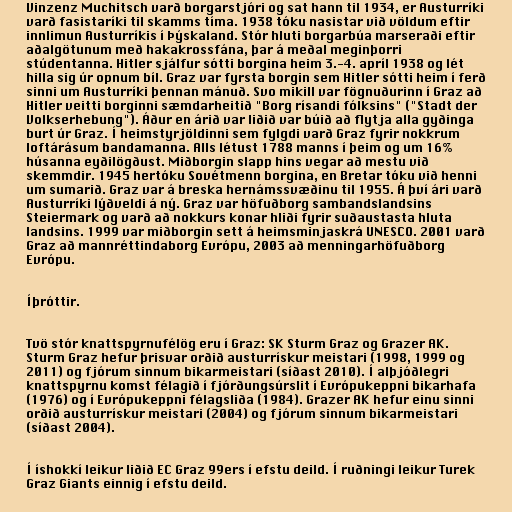
Vinzenz Muchitsch varð borgarstjóri og sat hann til 1934, er Austurríki
varð fasistaríki til skamms tíma. 1938 tóku nasistar við völdum eftir
innlimun Austurríkis í Þýskaland. Stór hluti borgarbúa marseraði eftir
aðalgötunum með hakakrossfána, þar á meðal meginþorri
stúdentanna. Hitler sjálfur sótti borgina heim 3.-4. apríl 1938 og lét
hilla sig úr opnum bíl. Graz var fyrsta borgin sem Hitler sótti heim í ferð
sinni um Austurríki þennan mánuð. Svo mikill var fögnuðurinn í Graz að
Hitler veitti borginni sæmdarheitið "Borg rísandi fólksins" ("Stadt der
Volkserhebung"). Áður en árið var liðið var búið að flytja alla gyðinga
burt úr Graz. Í heimstyrjöldinni sem fylgdi varð Graz fyrir nokkrum
loftárásum bandamanna. Alls létust 1788 manns í þeim og um 16%
húsanna eyðilögðust. Miðborgin slapp hins vegar að mestu við
skemmdir. 1945 hertóku Sovétmenn borgina, en Bretar tóku við henni
um sumarið. Graz var á breska hernámssvæðinu til 1955. Á því ári varð
Austurríki lýðveldi á ný. Graz var höfuðborg sambandslandsins
Steiermark og varð að nokkurs konar hliði fyrir suðaustasta hluta
landsins. 1999 var miðborgin sett á heimsminjaskrá UNESCO. 2001 varð
Graz að mannréttindaborg Evrópu, 2003 að menningarhöfuðborg
Evrópu.

Íþróttir.

Tvö stór knattspyrnufélög eru í Graz: SK Sturm Graz og Grazer AK.
Sturm Graz hefur þrisvar orðið austurrískur meistari (1998, 1999 og
2011) og fjórum sinnum bikarmeistari (síðast 2010). Í alþjóðlegri
knattspyrnu komst félagið í fjórðungsúrslit í Evrópukeppni bikarhafa
(1976) og í Evrópukeppni félagsliða (1984). Grazer AK hefur einu sinni
orðið austurrískur meistari (2004) og fjórum sinnum bikarmeistari
(síðast 2004).

Í íshokkí leikur liðið EC Graz 99ers í efstu deild. Í ruðningi leikur Turek
Graz Giants einnig í efstu deild.